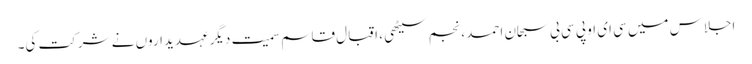
اجلاس میں سی ای او پی سی بی سبحان احمد ، نجم سیٹھی ، اقبال قاسم سمیت دیگر عہدیداروں نے شرکت کی۔